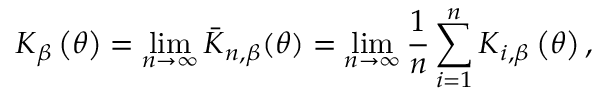
\boldsymbol { K } _ { \beta } \left( \boldsymbol { \theta } \right) = \operatorname* { l i m } _ { n \rightarrow \infty } \boldsymbol { \bar { K } } _ { n , \beta } ( \boldsymbol { \theta } ) = \operatorname* { l i m } _ { n \rightarrow \infty } \frac { 1 } { n } \sum _ { i = 1 } ^ { n } \boldsymbol { K } _ { i , \beta } \left( \boldsymbol { \theta } \right) ,